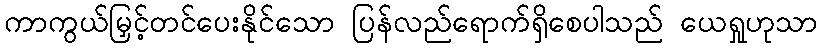
ကာကွယ်မြှင့်တင်ပေးနိုင်သော ပြန်လည်ရောက်ရှိစေပါသည် ယေရှုဟုသာ